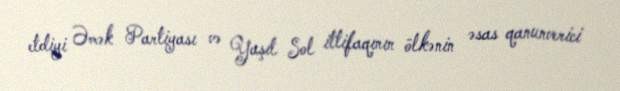
etdiyi Əmək Partiyası və Yaşıl Sol ittifaqının ölkənin əsas qanunverici